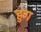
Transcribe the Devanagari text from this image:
हुग